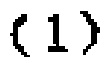
$(1)$